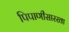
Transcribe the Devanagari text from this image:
पिपाणीसारखा